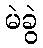
မဲခွဲ